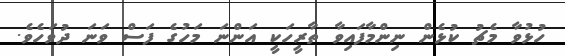
ހުޅުވާ މެޗު ކުޅެން ނިންމާފައިވާ ތާރީހަކީ އަންނަ މަހުގެ ފަސް ވަނަ ދުވަހެވެ.